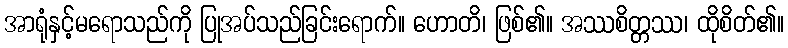
အာရုံနှင့်မရောသည်ကို ပြုအပ်သည်ခြင်းရောက်။ ဟောတိ၊ ဖြစ်၏။ အဿစိတ္တဿ၊ ထိုစိတ်၏။